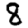
Digit: 8